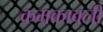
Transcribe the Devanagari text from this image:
कमकावली